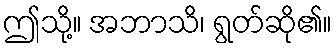
ဤသို့။ အဘာသိ၊ ရွတ်ဆို၏။